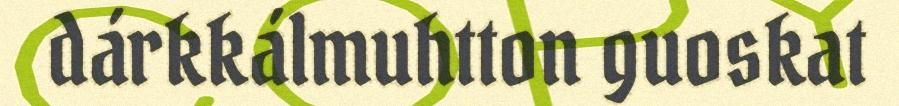
dárkkálmuhtton guoskat